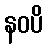
နဝပိ